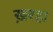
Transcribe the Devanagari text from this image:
ख़रहा